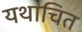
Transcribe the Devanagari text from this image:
यथाचित